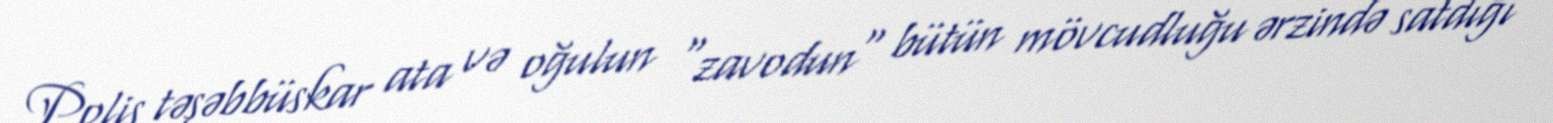
Polis təşəbbüskar ata və oğulun "zavodun" bütün mövcudluğu ərzində satdığı